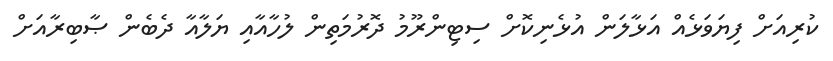
ކުރިއަށް ފިޔަވަޅެއް އަޅާލަން އުޅެނިކޮށް ސިޓިންރޫމު ދޮރުމަތިން ލުހާއާއި ޔަލާއާ ދެބެން ޞާބިރާއަށް